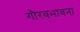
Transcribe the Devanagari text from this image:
गौरवभावना